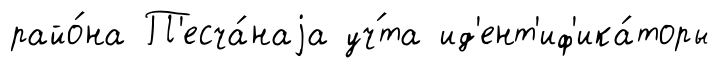
райо́на П'есча́наjа уч́та ид'ент'иф'ика́торы